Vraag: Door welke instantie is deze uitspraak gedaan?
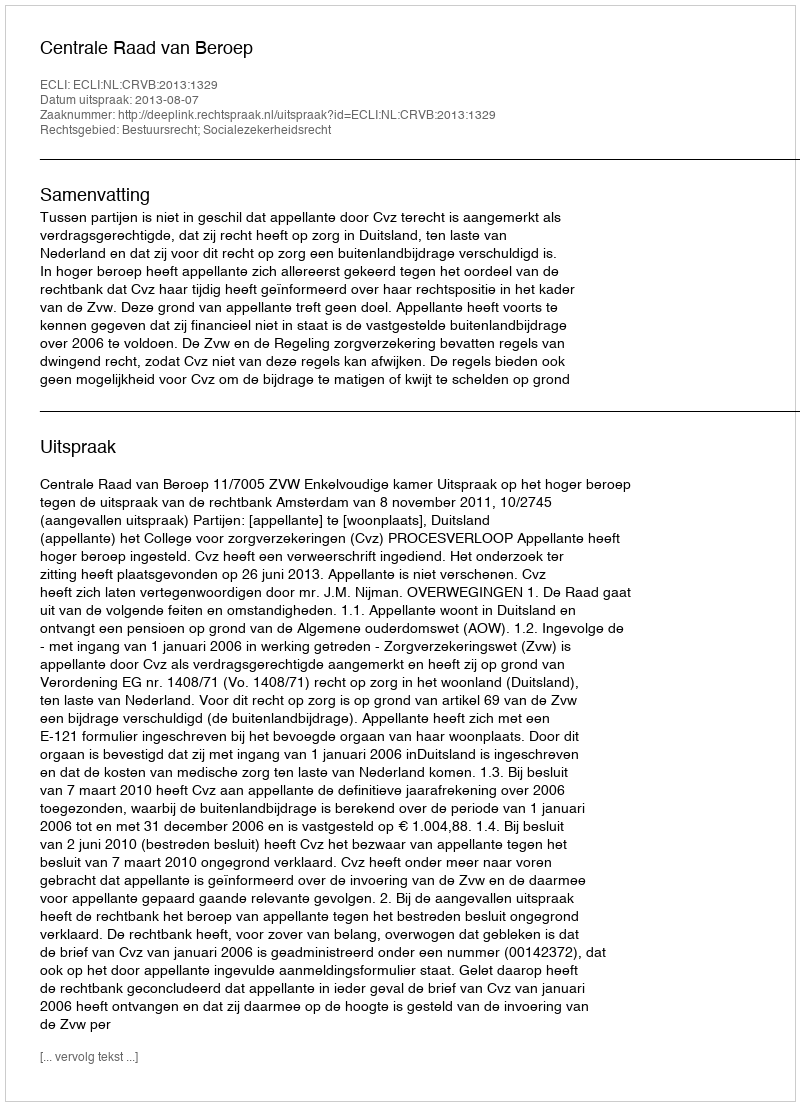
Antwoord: Centrale Raad van Beroep